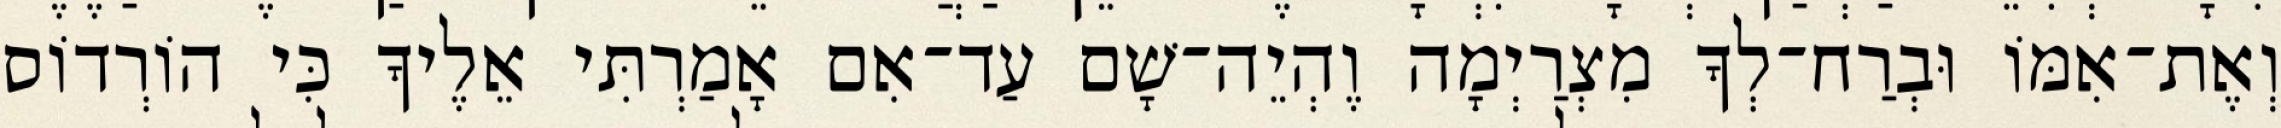
וְאֶת־אִמּוֹ וּבְרַח־לְךָ מִצְרַיְמָה וֶהְיֵה־שָׁם עַד־אִם אָמַרְתִּי אֵלֶיךָ כִּי הוֹרְדוֹס